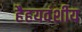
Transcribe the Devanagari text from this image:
हैहयवंशीय